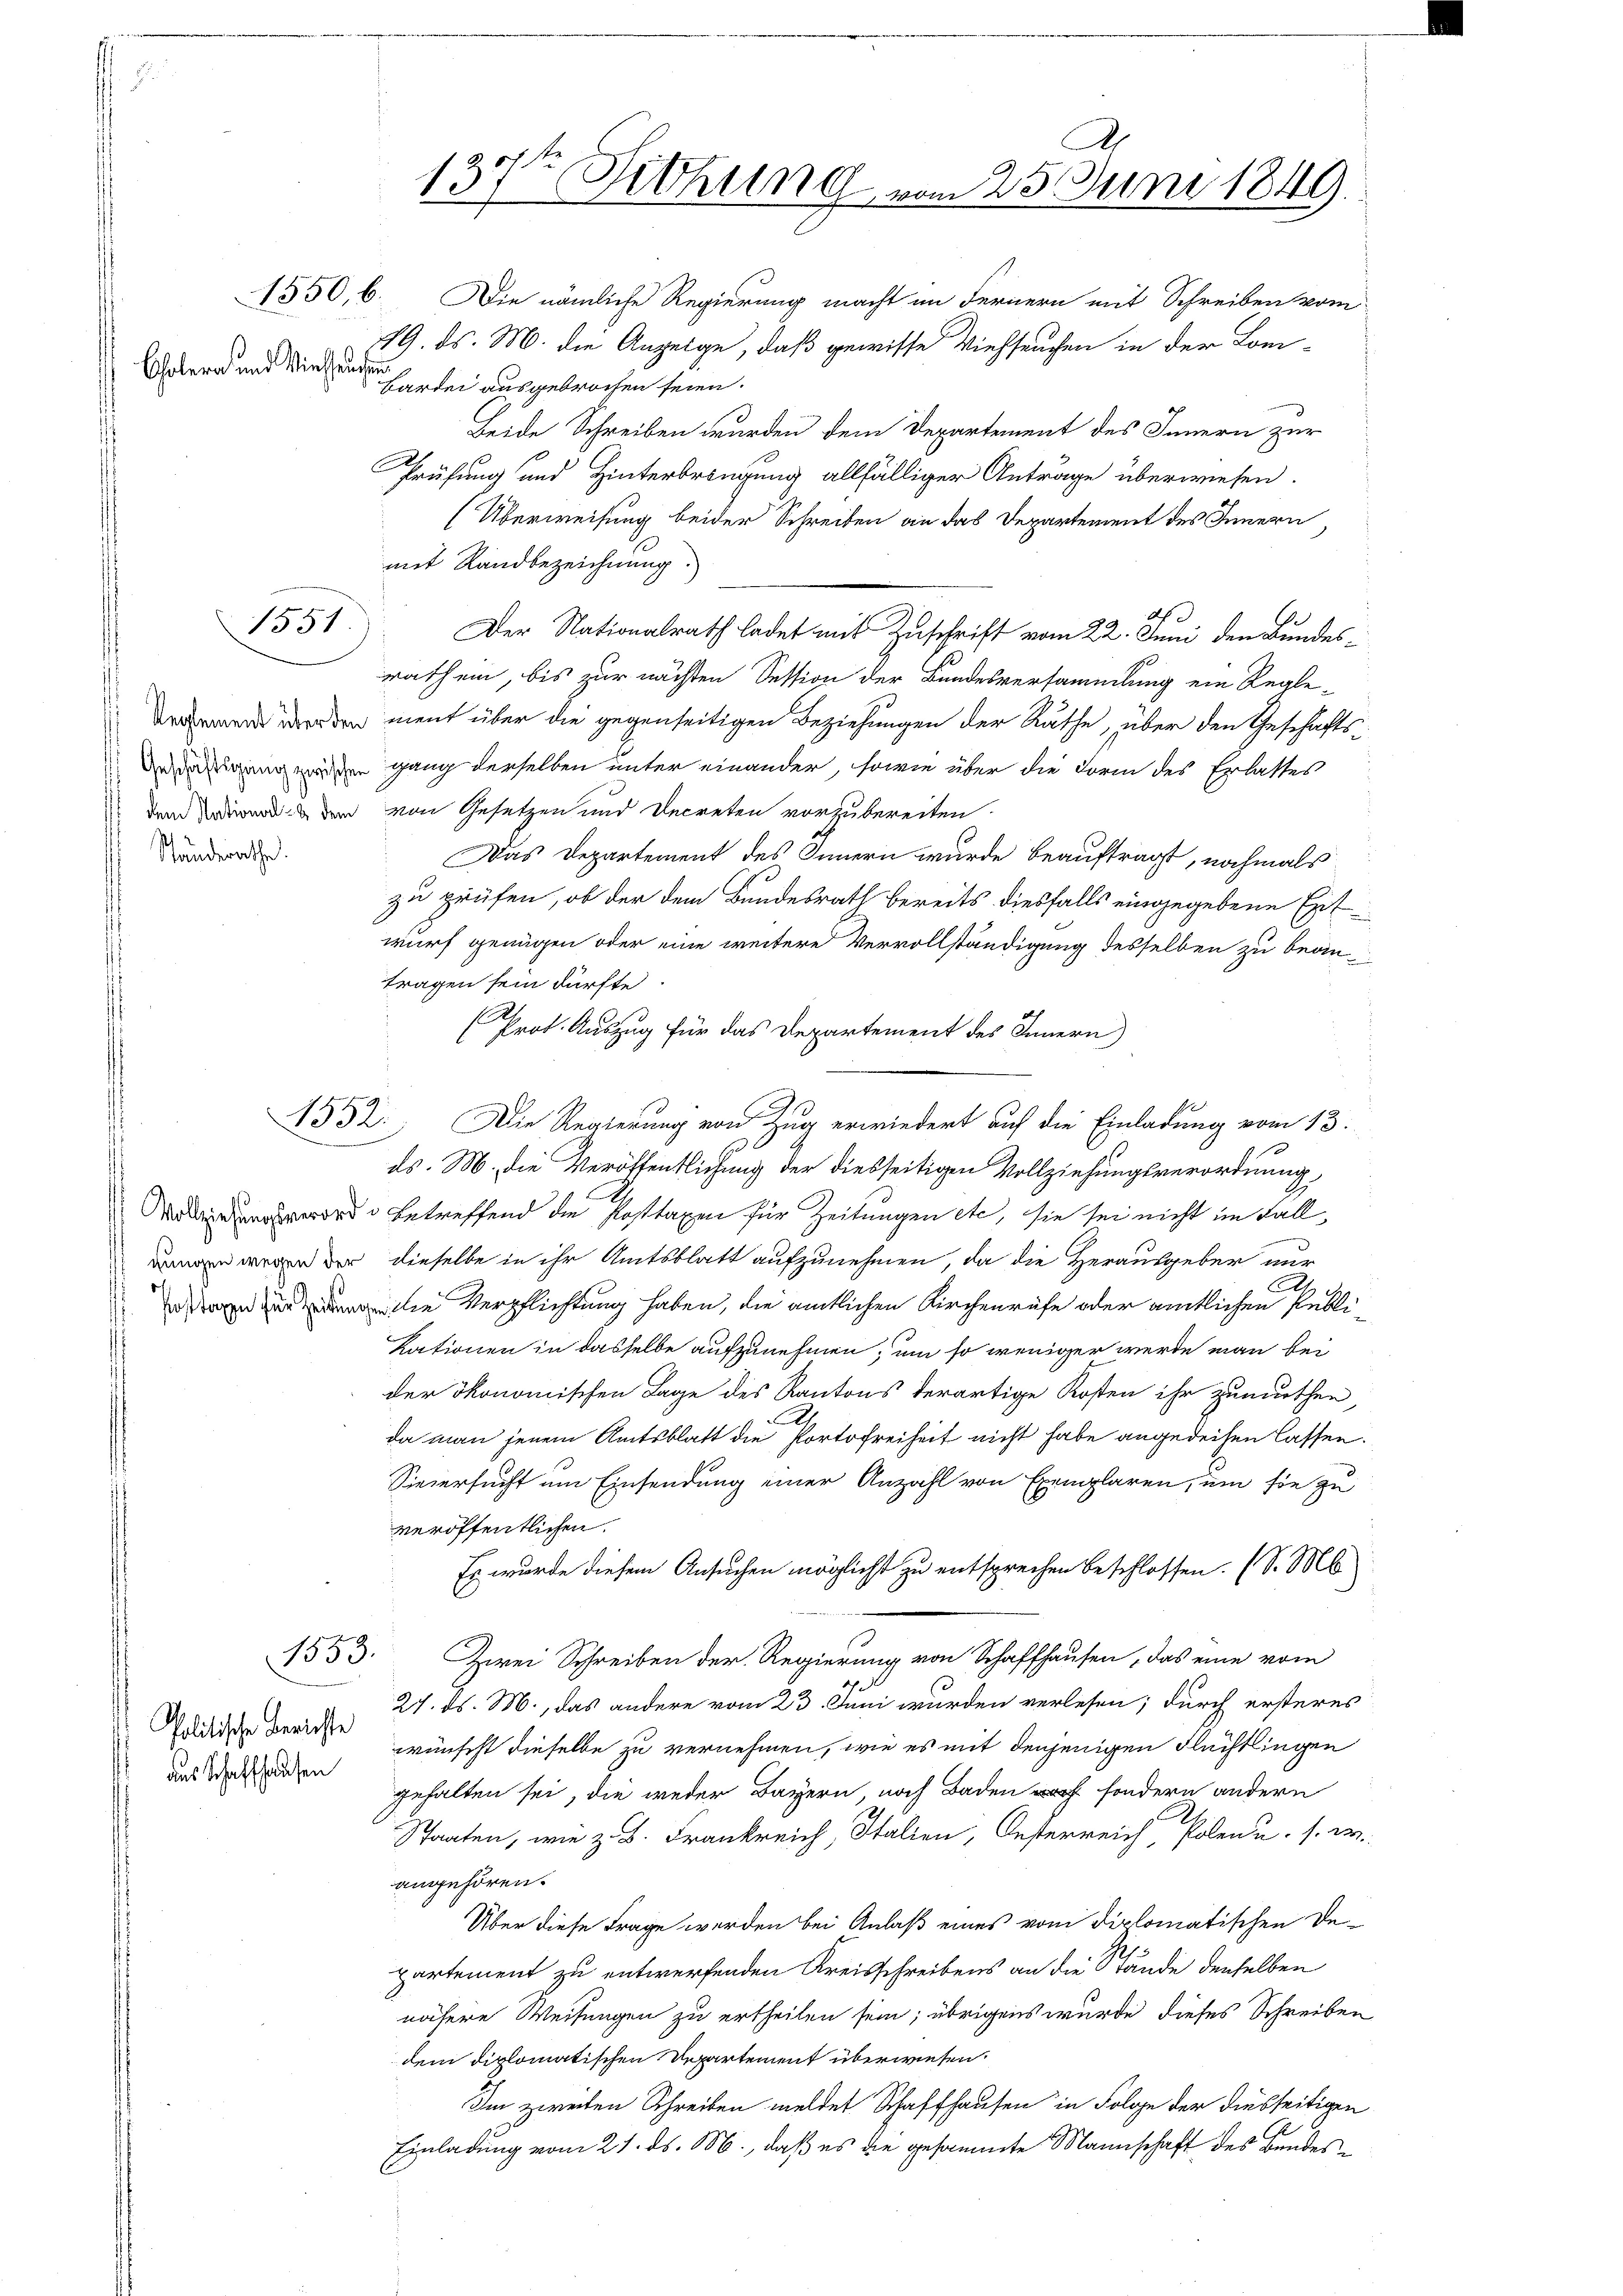
Cholera und Viehhausen

Standerathe.

1551

1853.

Politische Berichte
das Schaffhausen

1550, 6. Die nämliche Regierung macht im Fernern mit Schreiben vom
719. ds. M. die Anzeige, daß gewisse Viehseuchen in der Lon-
Bardei ausgebrochen seien.
Beide Schreiben wurden dem Departement des Innern zur
Prüfung und Hinterbringung allfälliger Antrage überwiesen.
(Überweisung beider Schreiben an das Departement des Innern
mit Sandbezeichnung.
Ah
Der Nationalrath ladet mit Zuschrift vom 22. Juni den Bundesrath ein, bis zur nächsten Session der Bundesversammlung ein Regle¬
 den ment über die gegenseitigen Beziehungen der Räthe, über den Geschäfts¬
Deigung werden ganz derselben unter einander, sowie über die Form des Erlastes
dem der der von Gesetzen und Decreten vorzubereiten.
Das Departement des Innern wurde beauftragt, nochmals
zu prüfen, ob der dem Bundesrath bereits diesfalls eingegebene Ent
wurf genügen oder eine weitere Vervollständigung desselben zu beantragen sein dürfte.
(Prot. Auszug für das Departement des Innern
4532. Die Regierung von Zug erwiedert auf die Einladung vom 13.
ds. M. die Veröffentlichung der diesseitigen Vollziehungsverordnung,
ord betreffend die Posttaxen für Zeitungen etc. sie sei nicht im Fall
Langen wegen der dieselbe in ihr Amtsblatt aufzunehmen, da die Herausgeber nur
All
 die Verpflichtung haben, die amtlichen Kirchenrufe oder amtlichen Publikationen in dasselbe aufzunehmen, um so weniger werde man bei
der ökonomischen Lage des Kantons derartige Kosten ihr zumuthen,
da man jenem Amtsblatt die Portofreiheit nicht habe angedeihen lassen.
Sieversucht um Einsendung einer Anzahl von Exemplaren, um sie zu
veröffentlichen.
Es wurde diesem Ansuchen möglicht zu entsprechen beschlossen. (S. M
Zwei Schreiben der Regierung von Schaffhausen, das eine vom
27. ds. M., das andere vom 23. Juni wurden verlesen; durch ersteres
wünscht dieselbe zu vernehmen, wie es mit denjenigen Flüchtlingen
gehalten sei, die weder Bayern, noch Baden sondern andern
Staaten, wie z. B. Frankreich, Italien, Oesterreich, Polen u. s. er-
angehören.
Über diese Frage werden bei Anlaß eines vom Diplomatischen Departement zu entwerfenden Kreisschreibens an die Stände denselben
nähere Weisungen zu ertheilen sein; übrigens wurde dieses Schreiben
dem diplomatischen Departement überwiesen.
Im zweiten Schreiben meldet Schaffhausen in Folge der diesseitigen
s
Einladung vom 21. ds. M., daß es die gesammte Mannschaft des Bundes¬

A
137ten Sitzung vom 25. Juni 1849.